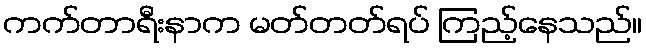
ကက်တာရီးနာက မတ်တတ်ရပ် ကြည့်နေသည်။